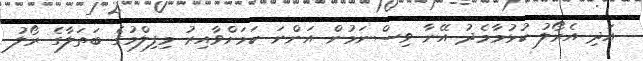
އަދި އެރޯލު ކުޅުމާމެދު އޭނާ ވިސްނަމުން އަންނަ ކަމަށްވާއިރު މިފިލްމުގެ ބަތަލާގެ ރޯލު